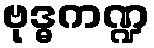
ဗုဒ္ဓကဏ္ဍ